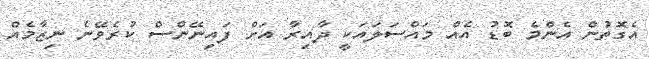
އެގޮތުން އެންމެ ބޮޑު އެއް މައްސަލައަކީ ދާއިރާ އަށް ފައިނޭންސް ކުރެވޭނެ ނިޒާމެއް